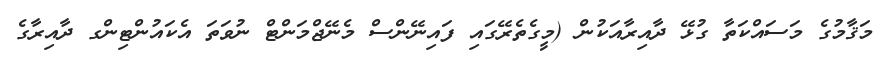
މަޤާމުގެ މަސައްކަތާ ގުޅޭ ދާއިރާއަކުން (މީގެތެރޭގައި ފައިނޭންސް މެނޭޖްމަންޓް ނުވަތަ އެކައުންޓިންގ ދާއިރާގެ